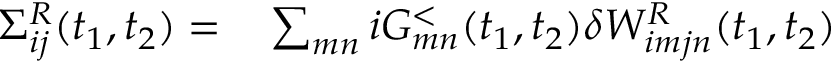
\begin{array} { r l } { \Sigma _ { i j } ^ { R } ( t _ { 1 } , t _ { 2 } ) = } & { { } \sum _ { m n } i G _ { m n } ^ { < } ( t _ { 1 } , t _ { 2 } ) \delta W _ { i m j n } ^ { R } ( t _ { 1 } , t _ { 2 } ) } \end{array}